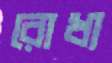
রোধ্য